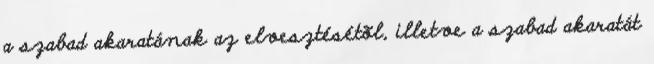
a szabad akaratának az elvesztésétõl, illetve a szabad akaratát